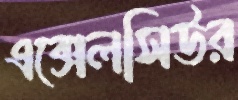
এক্সেলসিউর